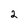
Character: 2